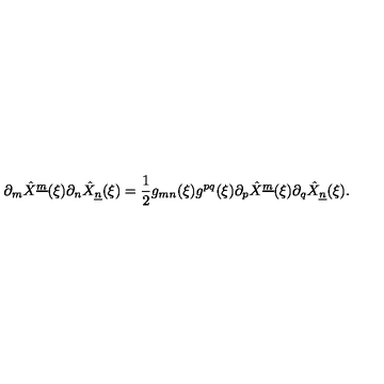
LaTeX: \partial _ { m } \hat { X } ^ { \underline { { m } } } ( \xi ) \partial _ { n } \hat { X } _ { \underline { { n } } } ( \xi ) = { \frac { 1 } { 2 } } g _ { m n } ( \xi ) g ^ { p q } ( \xi ) \partial _ { p } \hat { X } ^ { \underline { { m } } } ( \xi ) \partial _ { q } \hat { X } _ { \underline { { n } } } ( \xi ) .